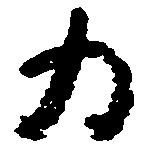
為